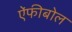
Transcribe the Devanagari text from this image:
ऐंफीबोल